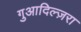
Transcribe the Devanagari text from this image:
गुआदिल्ज़रा